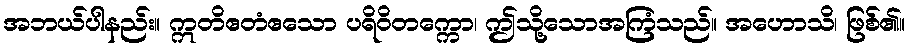
အဘယ်ပါနည်း။ ဣတိဧတံဧသော ပရိဝိတက္ကော၊ ဤသို့သောအကြံသည်။ အဟောသိ၊ ဖြစ်၏။